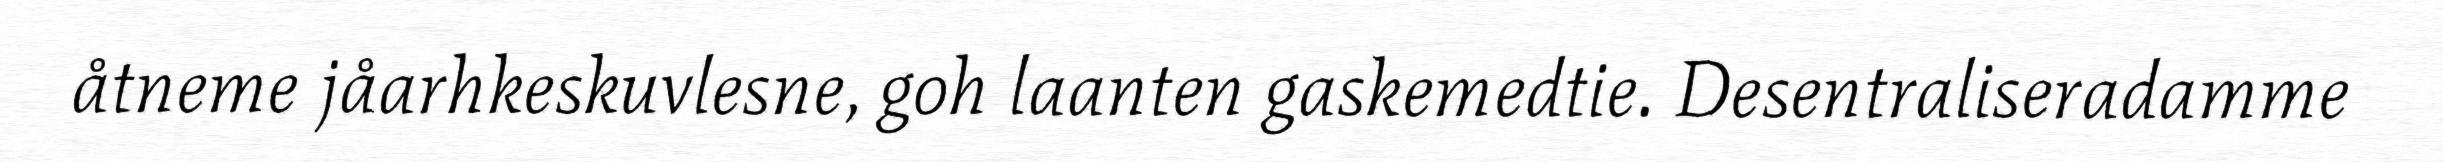
åtneme jåarhkeskuvlesne, goh laanten gaskemedtie. Desentraliseradamme